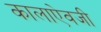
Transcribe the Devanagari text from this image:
कालाऐवजी